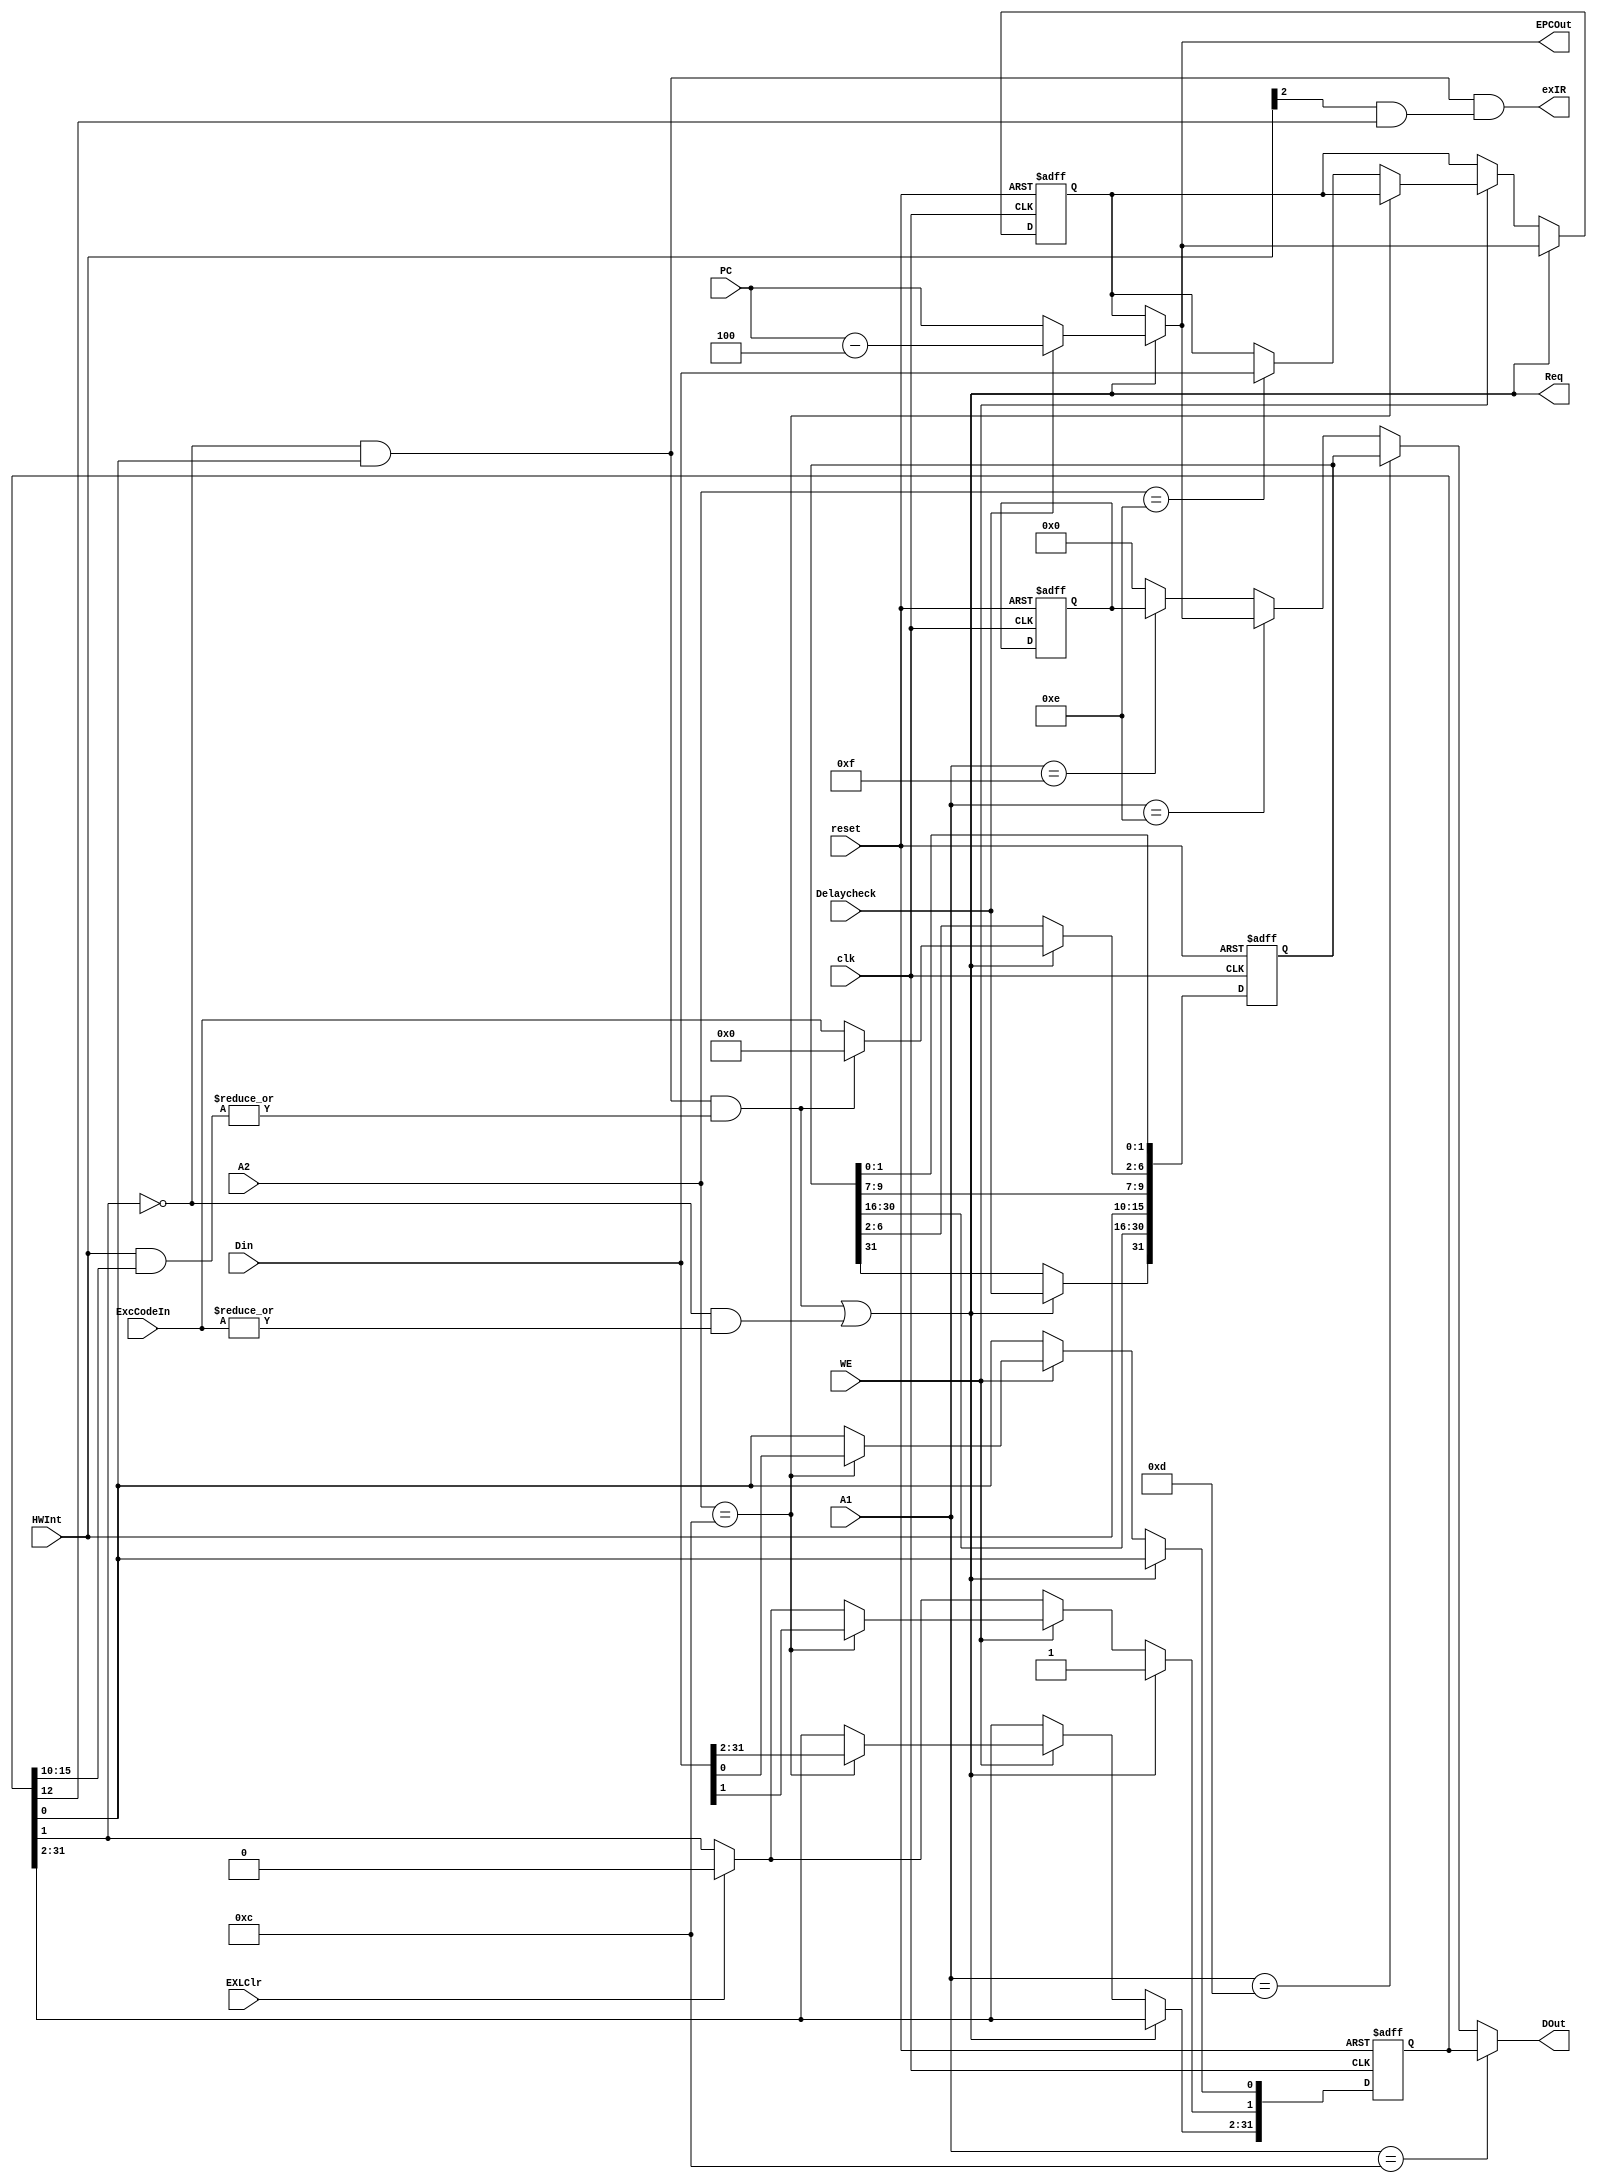
`timescale 1ns/1ps
`define IM SR[15:10]
`define IE SR[0]
`define EXL SR[1]
`define IP Cause[15:10]
`define ExcCode Cause[6:2]
`define BD Cause[31]

module CP0 (
    input wire [4:0] A1,
    input wire [4:0] A2,
    input wire [31:0] Din,
    input wire [31:0] PC,
    input wire [4:0] ExcCodeIn,
    input wire [5:0] HWInt,
    input wire Delaycheck,
    input wire WE,
    input wire EXLClr,
    input wire clk,
    input wire reset,
    output wire Req,
    output wire [31:0] EPCOut,
    output wire [31:0] DOut,
    output wire exIR
);
    reg [31:0] SR;
    reg [31:0] Cause;
    reg [31:0] EPC;
    reg [31:0] PRId;
    initial begin
        SR <= 0;
        Cause <= 0;
        EPC <= 0;
        PRId <= 32'h2003_1015;
    end
    wire IntReq = !`EXL && `IE && (| (HWInt & `IM));
    wire ExcReq = !`EXL && (| ExcCodeIn);
    assign Req = IntReq | ExcReq;
    wire [31:0] tempEPC = (Req) ? (Delaycheck ? {PC - 32'd4} : PC) : EPC;
    always @(posedge clk or posedge reset) begin
        if (reset) begin
            SR <= 0;
            Cause <= 0;
            EPC <= 0;
            PRId <= 32'h2003_1015;
        end
        else begin
            if (EXLClr) begin
                `EXL <= 1'b0;
            end
            if (Req) begin
                `ExcCode <= IntReq ? 5'd0 : ExcCodeIn;
                `EXL <= 1'b1;
                EPC <= tempEPC;
                `BD <= Delaycheck;
            end
            else if (WE) begin
                if (A2 == 12) begin
                    SR <= Din;
                end
                else if (A2 == 14) begin
                    EPC <= Din;
                end
            end
            `IP <= HWInt;
        end
    end
    assign EPCOut = tempEPC;
    assign DOut = (A1 == 12) ? SR :
                    (A1 == 13) ? Cause :
                    (A1 == 14) ? EPCOut :
                    (A1 == 15) ? PRId :
                    0;
    assign exIR = !`EXL && `IE && (HWInt[2] & SR[12]);
endmodule //CP0